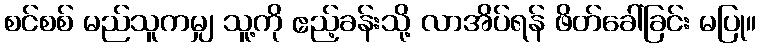
စင်စစ် မည်သူကမျှ သူ့ကို ဧည့်ခန်းသို့ လာအိပ်ရန် ဖိတ်ခေါ်ခြင်း မပြု။